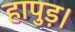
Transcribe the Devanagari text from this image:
हापुड़।